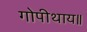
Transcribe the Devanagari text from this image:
गोपीथाय॥